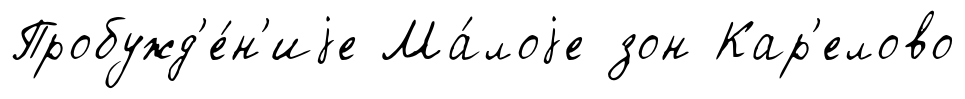
Пробужд'е́н'иjе Ма́лоjе зон Кар'елово